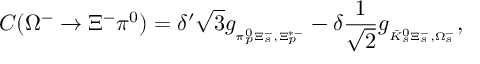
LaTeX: { \cal C } ( \Omega ^ { - } \to \Xi ^ { - } \pi ^ { 0 } ) = \delta ^ { \prime } \sqrt { 3 } g _ { { } _ { \pi _ { p } ^ { 0 } \Xi _ { s } ^ { - } , \Xi _ { p } ^ { * - } } } - \delta \frac { 1 } { \sqrt { 2 } } g _ { { } _ { \bar { K } _ { s } ^ { 0 } \Xi _ { s } ^ { - } , \Omega _ { s } ^ { - } } } ,